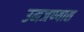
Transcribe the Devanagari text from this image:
उमजण्यास